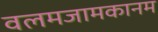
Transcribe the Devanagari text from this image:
वलमजामकानम